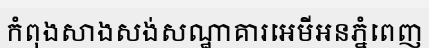
កំពុងសាងសង់សណ្ឋាគារអេមីអនភ្នំពេញ